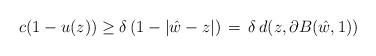
LaTeX: \begin{align*}c (1-u(z))\geq \delta \, (1-|\hat{w}-z|) \, = \, \delta \, d(z, \partial B(\hat{w},1))\end{align*}